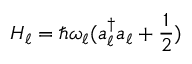
H _ { \ell } = \hbar \omega _ { \ell } ( a _ { \ell } ^ { \dagger } a _ { \ell } + \frac { 1 } { 2 } )